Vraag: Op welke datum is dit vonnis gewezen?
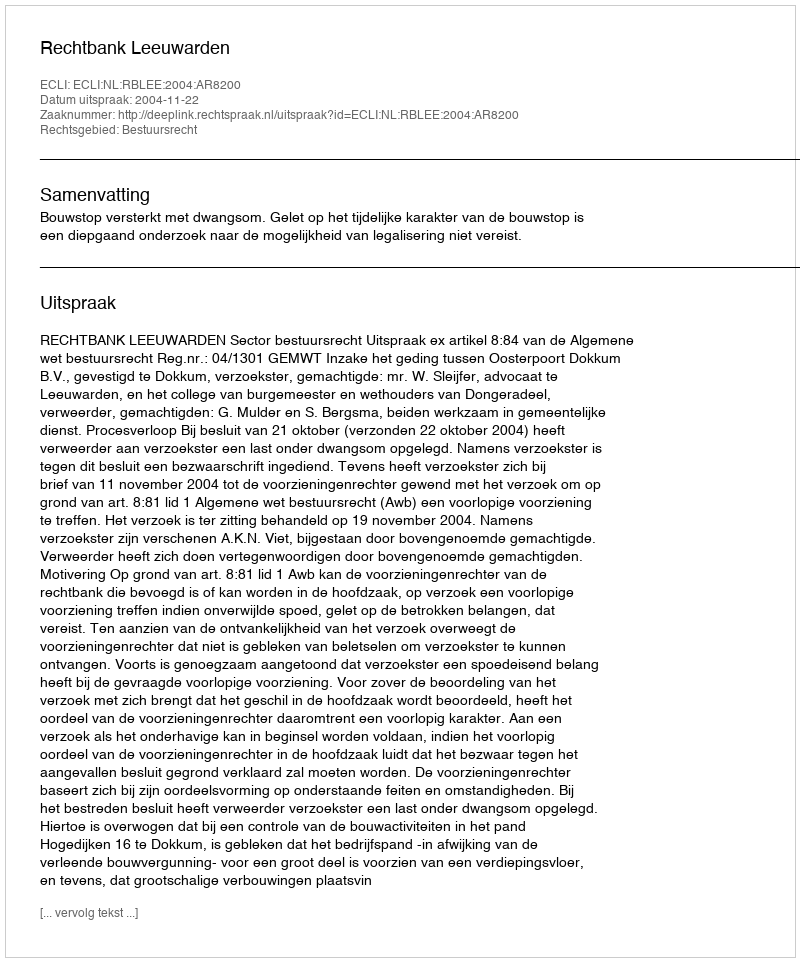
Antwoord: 2004-11-22